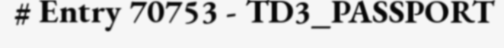
# Entry 70753 - TD3_PASSPORT